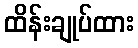
ထိန်းချုပ်ထား